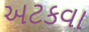
અટકવા